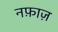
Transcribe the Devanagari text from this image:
नफ़ाज़